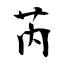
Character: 芮